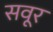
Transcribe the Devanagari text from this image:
सवूर